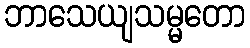
ဘာသေယျသမ္မတော